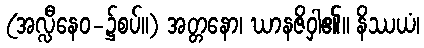
(အလ္လီနေဝ-၌စပ်။) အတ္တနော၊ ဃာနဇိဝှါ၏။ နိဿယံ၊